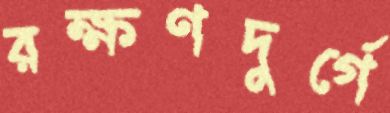
রক্ষণদুর্গে